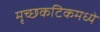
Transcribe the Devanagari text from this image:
मृच्छकटिकमध्ये